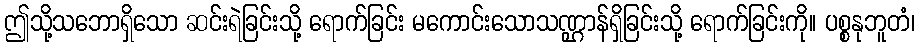
ဤသို့သဘောရှိသော ဆင်းရဲခြင်းသို့ ရောက်ခြင်း မကောင်းသောသဏ္ဌာန်ရှိခြင်းသို့ ရောက်ခြင်းကို။ ပစ္စနုဘူတံ၊